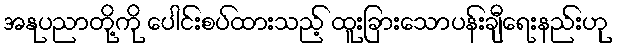
အနုပညာတို့ကို ပေါင်းစပ်ထားသည့် ထူးခြားသောပန်းချီရေးနည်းဟု